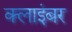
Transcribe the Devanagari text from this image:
क्लाइंबर